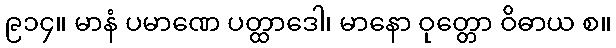
၉၁၄။ မာနံ ပမာဏေ ပတ္ထာဒေါ၊ မာနော ဝုတ္တော ဝိဓာယ စ။